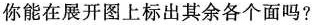
你能在展开图上标出其余各个面吗？